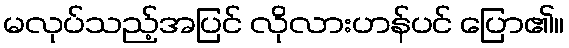
မလုပ်သည့်အပြင် လိုလားဟန်ပင် ပြော၏။